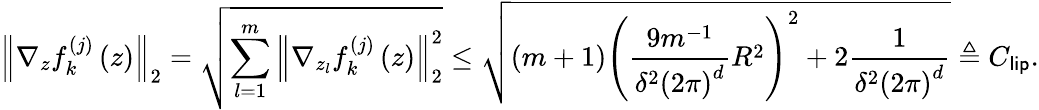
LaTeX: \left\Vert\nabla_{z}f_{k}^{(j)}\left(z\right)\right\Vert_{2}=\sqrt{\sum_{l=1}^{m}\left\Vert\nabla_{z_{l}}f_{k}^{(j)}\left(z\right)\right\Vert_{2}^{2}}\leq\sqrt{\left(m+1\right)\left(\frac{9m^{-1}}{\delta^{2}\left(2\pi\right)^{d}}R^{2}\right)^{2}+2\frac{1}{\delta^{2}\left(2\pi\right)^{d}}}\triangleq C_{\mathsf{lip}}.